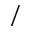
/